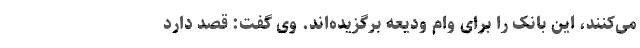
می‌کنند، این بانک را برای وام ودیعه برگزیده‌اند. وی گفت: قصد دارد